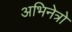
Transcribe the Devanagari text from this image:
अभिनेत्रो